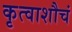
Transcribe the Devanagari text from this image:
कृत्वाशौचं